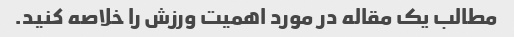
مطالب یک مقاله در مورد اهمیت ورزش را خلاصه کنید.